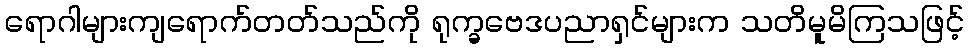
ရောဂါများကျရောက်တတ်သည်ကို ရုက္ခဗေဒပညာရှင်များက သတိမူမိကြသဖြင့်